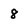
Character: 8